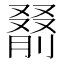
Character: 𪠰